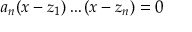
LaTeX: a _ { n } ( x - z _ { 1 } ) \dots ( x - z _ { n } ) = 0